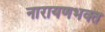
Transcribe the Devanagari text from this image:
नारायणभक्त